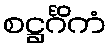
စဋ္ဌင်္ဂိကံ